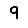
Digit: 9